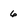
Character: 6